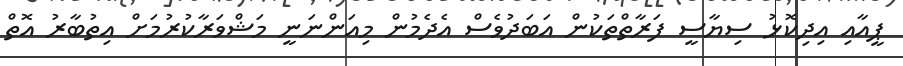
ޕީއާއި އިދިކޮޅު ސިޔާސީ ފަރާތްތަކުން އަބަދުވެސް އެދެމުން މިއަންނަނީ މަޝްވަރާކުރުމަށް އިތުބާރު އޮތް